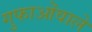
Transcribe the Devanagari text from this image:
गुफाओंवाले